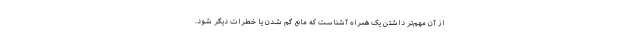
از آن مهم‌تر داشتن یک همراه آشناست که مانع گم شدن یا خطرات دیگر شود.